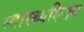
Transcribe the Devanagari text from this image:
स्वास्थ्यशिक्षा